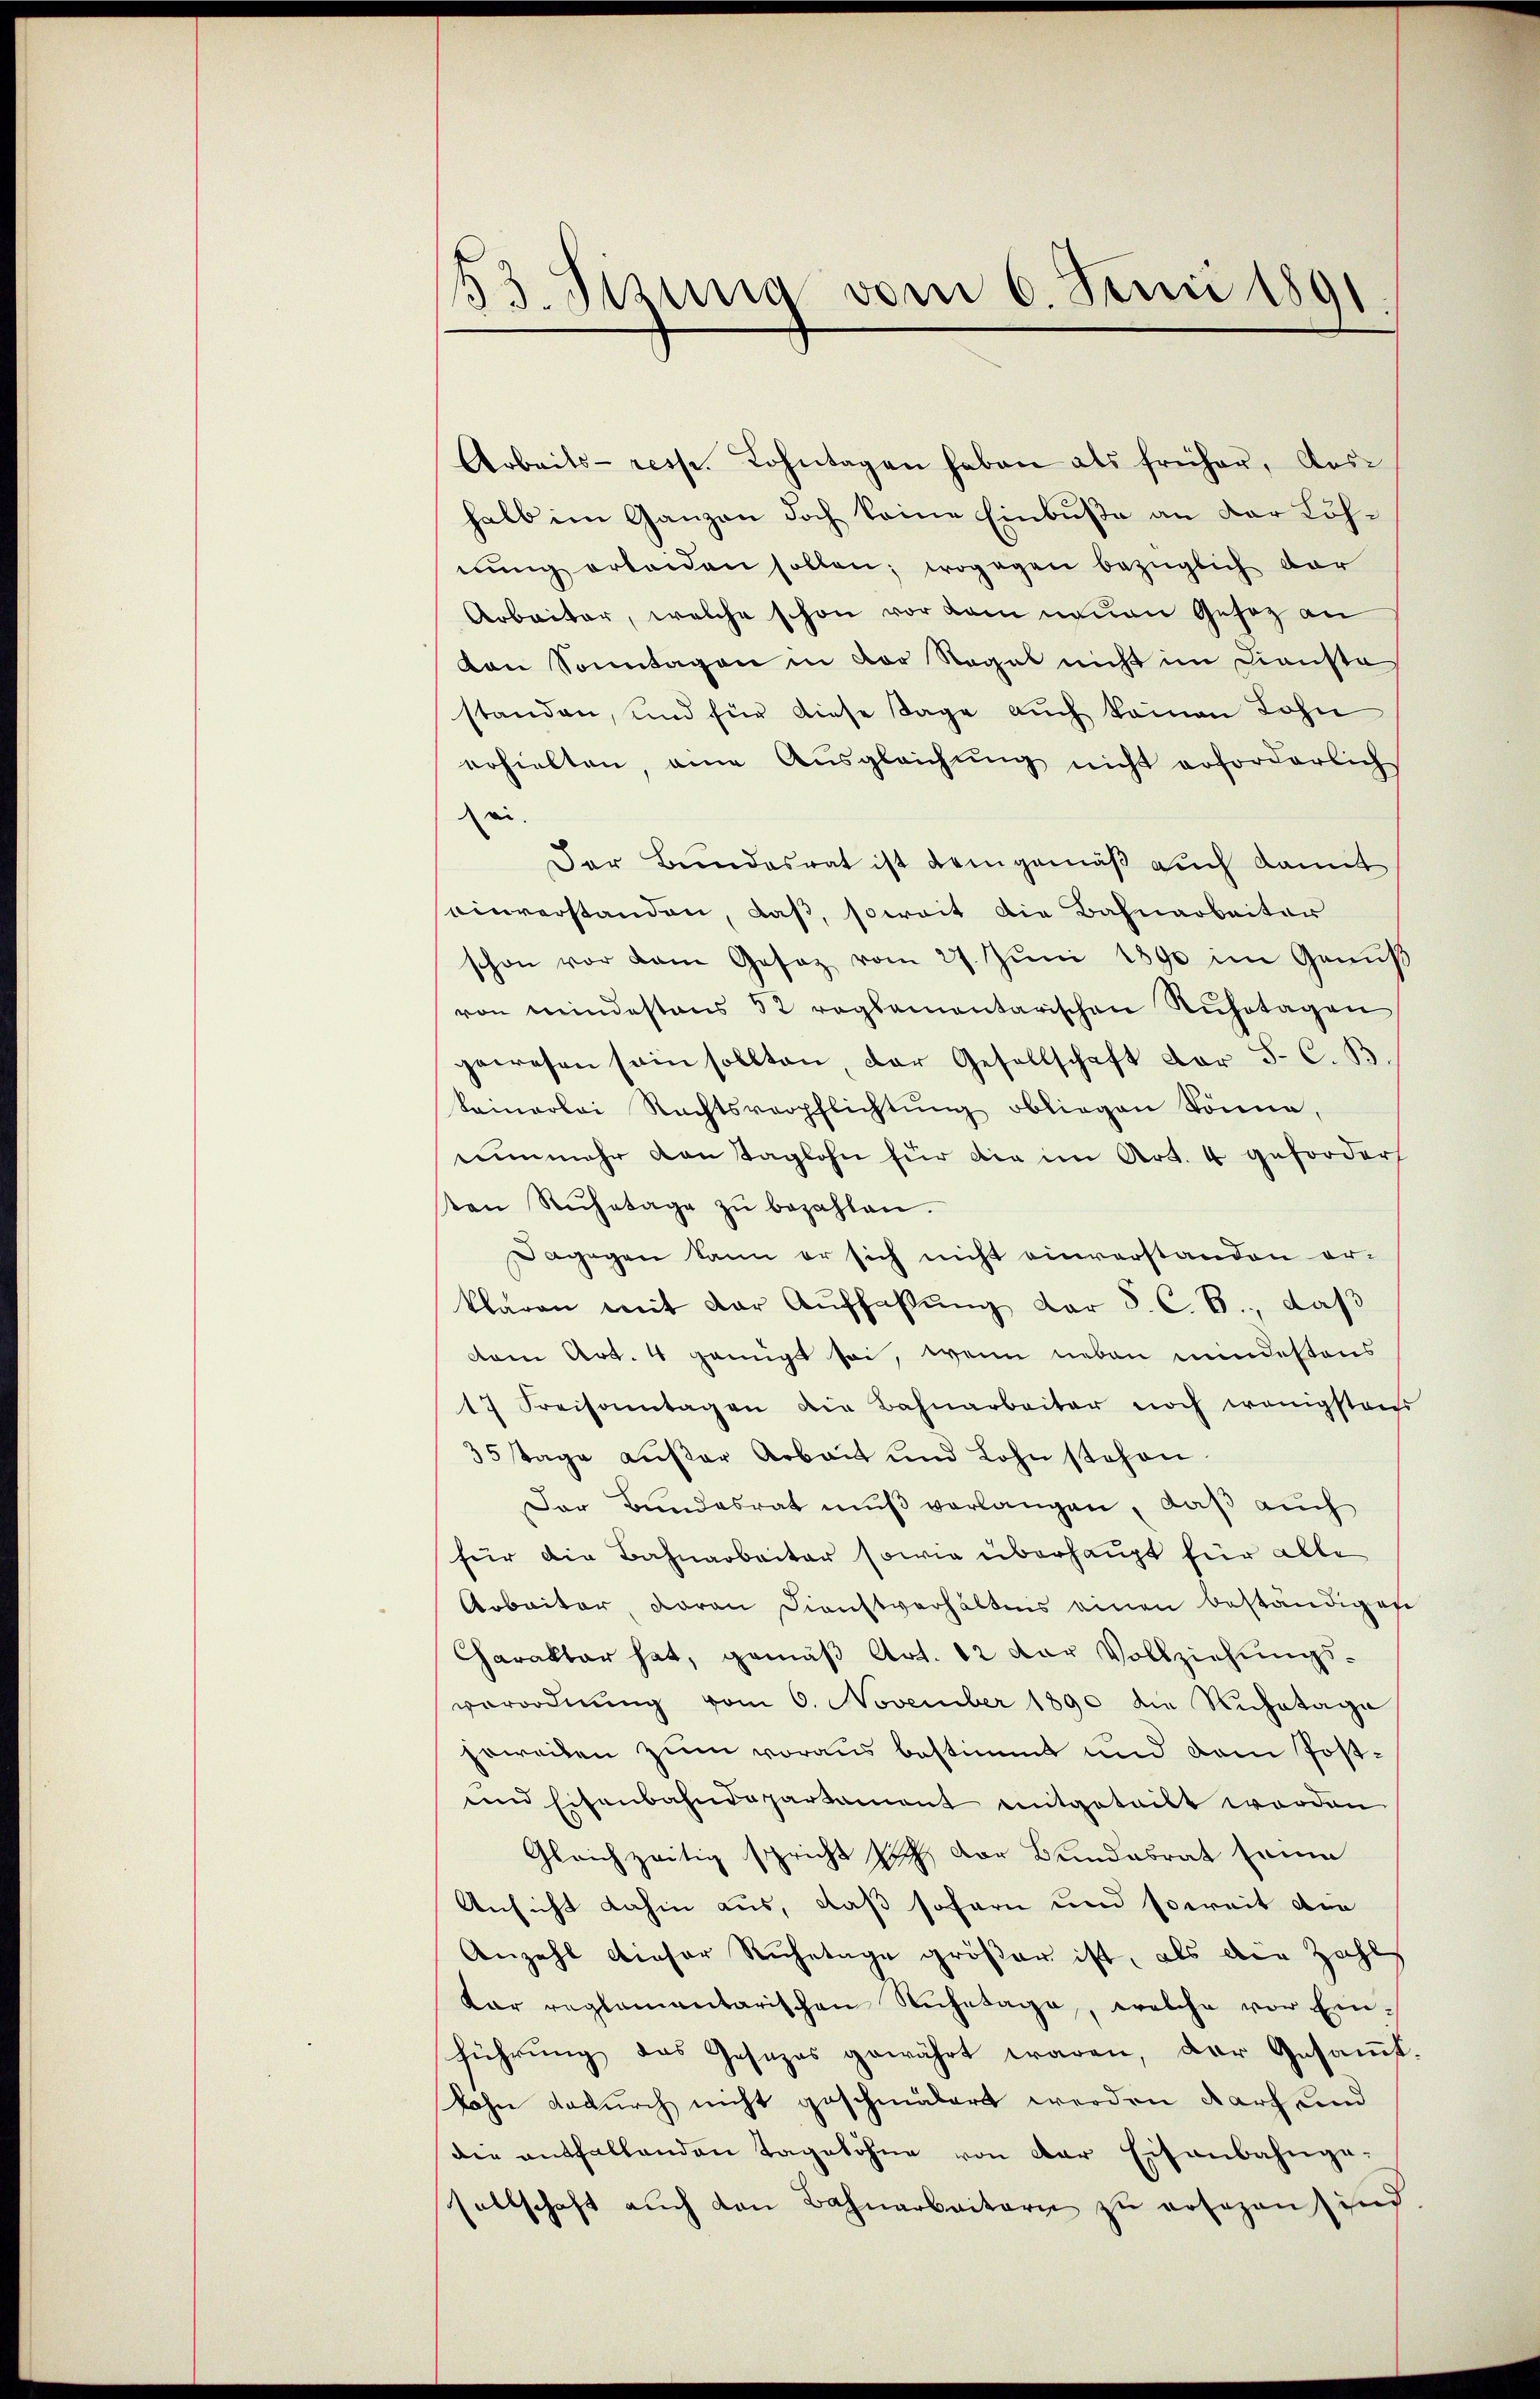
53. Sizung vom 6. Juni 1891.

Arbeits- resp. Lohntagen haben als früher, Aus-
halb im Ganzen doch keine Einbuße an der Löhnŭng erleiden sollen; wogegen bezüglich dar
Arbeiter, welche schon vor dem neuen Gesez an
don Sonntagen in der Regel nicht im Dienste
standen, und für diese Tage auch keinen Lohn
erhielten, eine Aŭsgleichŭng nicht erforderlich
ei.
Der Bundesrat ist demgemäß auch damit
einverstanden, daß, soweit die Bahnarbeiter
schon vor dem Gesez vom 27. Jŭni 1890 im Genuß
von mindestens 52 reglementarischen Rŭhetagen
gewesen sein sollten, der Gesellschaft der S. C. B.
keinerlei Rechtsverpflichtŭng obliegen könne,
nunmehr von Taglohn für die im Art. 4 gefordert
ten Rŭhetage zŭ bezahlen.
Dagegen kann er sich nicht einverstanden er-
klaren mit der Aŭffaβŭng der S. C. B., daß
vom Art. 4 genügt sei, wenn neben mindestens
17 Freisamtagen die Bahnarbeiter noch wenigstens
35 Tage außer Arbeit und Lohn stehen.
Der Bundesrat muß verlangen, daß auch
für die Bahnarbeiter sowie überhaupt für alle
Arbeiter, daran Dienstverhältnis einen beständigese
Charakter hat, gemäß Art. 12 der Vollziehungsverordnung vom 6. November 1890 die Ruhetage
joweiten zum voraus bestimmt und dem Post¬
und Eisenbahndepartament mitgeteilt worden.
Gleichzeitig spricht sich der Bundesrat seine
Ansicht dahin aus, daß sofern und soweit die
Anzahl dieser Ruhetage größer ist, als die Zahl
kar reglementarischen Ruhetage, welche vor Ein-
führung das Gesezes gewährt waren, der Gesammt
kahn dadurch nicht geschmälert werden darf und
die enthaltenden Tagelöhne von der Eisenbahnge-
sellschaft aŭch von Bahnarbeitern zŭ ersezen sind